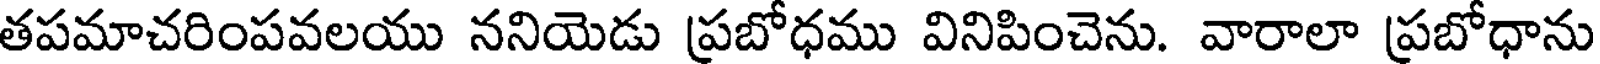
తపమాచరింపవలయు ననియెడు ప్రబోధము వినిపించెను. వారాలా ప్రబోధాను